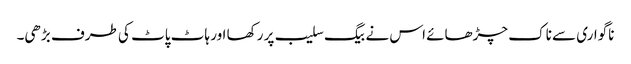
ناگواری سے ناک چڑھائے اس نے بیگ سلیب پر رکھا اور ہاٹ پاٹ کی طرف بڑھی۔